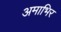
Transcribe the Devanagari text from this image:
अमाभिर